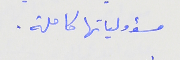
مسؤولياتها كاملة .